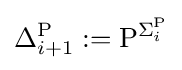
\Delta _{i+1}^{\mathrm {P} }:=\mathrm {P} ^{\Sigma _{i}^{\mathrm {P} }}